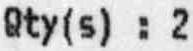
QTY(S) : 2